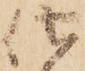
仕